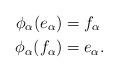
LaTeX: \begin{align*}\phi_\alpha(e_\alpha) &= f_\alpha\\\phi_\alpha(f_\alpha) &= e_\alpha.\end{align*}